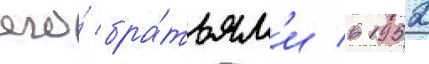
его́ бра́тьям'и в 1952